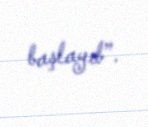
başlayıb”.